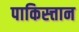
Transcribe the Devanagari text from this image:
पाकिस्त्तान